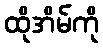
ထိုအိမ်ကို